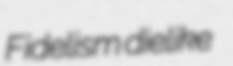
Fidelism dielike